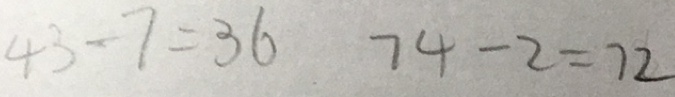
4 3 - 7 = 3 6 7 4 - 2 = 7 2